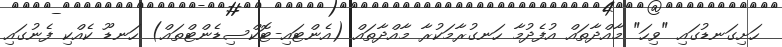
ހަށިގަނޑުގައި "ވިހަ" މާއްދާތައް އުފެދުމާ ހަނގުރާމަކުރާ މާއްދާތައް (އެންޓައި-ޓޮކްސިޑެންޓްތައް) ހަނޑޫ ކެއްކި ފެނުގައި